Report on vaccination in Madras 1904-1921 - 1904-1921
Year: 1904
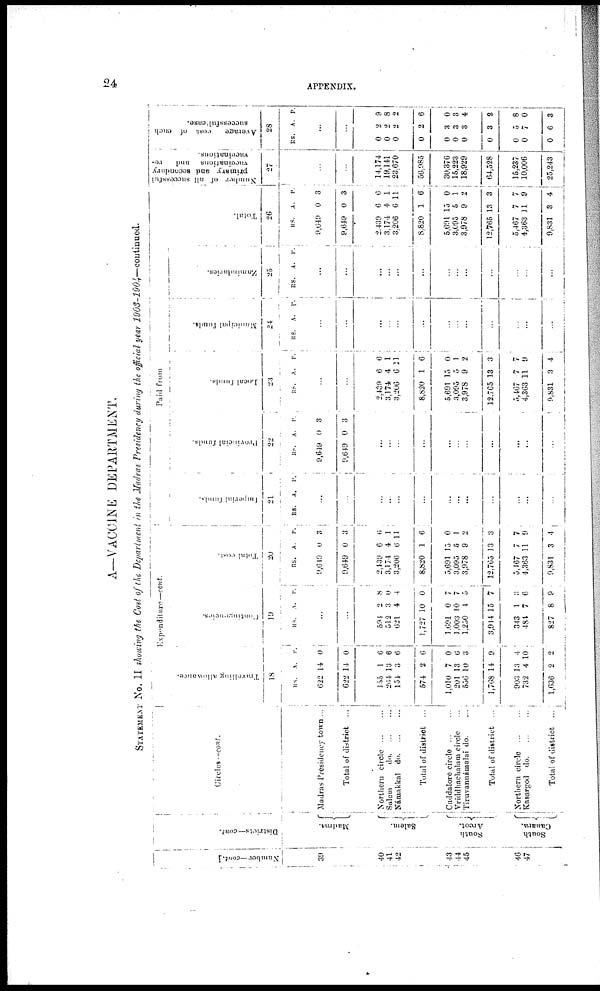
24
APPENDIX.
A—VACCINE DEPARTMENT.
STATEMENT No. II showing the Cost of the Department in the Madras Presidency during the official year 1903-1904—continued.
Number—cont.
39
40
41
42
43
44
45
46
47
Districts—cont.
Madras.
Salem.
South
Arcot.
South
Canara.
Circles —cont.
Madras Presidency town ...
Total of district ...
Northern circle
...
...
Salem
d
o
. ... ...
Námakkal d
o
. ... ...
Total of district ...
Cuddalore circle
...
...
Vriddhachalam circle ...
Tiruvannámalai do. ...
Total of district ...
Northern circle
...
...
Kasargod d
o
. ... ...
Total of district ...
Expenditure—cont.
Travelling allowance.
18
RS.
622
622
155
264
154
574
1,010
201
556
1,768
903
732
1,636
A.
14
14
1
13
3
2
7
13
10
14
13
4
2
P.
0
0
6
6
6
6
0
0
3
9
4
10
2
Contingencies.
19
RS.
A. V.
...
...
594
512
621
1,727
1,691
1,003
1,250
3,944
343
484
827
2
3
4
10
0
10
4
15
1
7
8
8
0
4
0
7
7
5
7
3
6
9
Total cost.
20
RS.
9,649
9,649
2,439
3,174
3,206
8,820
5,691
3,095
3,978
12,765
5,467
4,363
9,831
A.
0
0
6
4
6
1
15
5
9
13
7
11
3
P.
3
3
6
1
11
6
0
1
2
3
7
9
4
Imperial funds.
21
RS. A.
P.
...
...
...
...
...
...
...
...
...
...
...
...
...
Provincial funds.
22
RS.
9,649
9,649
A.
0
0
P.
3
3
...
...
...
...
...
...
...
...
...
...
...
Paid from
Local funds.
23
RS. A. P.
...
...
2,439
3,174
3,206
8,820
5,691
3,095
3,978
12,765
5,467
4,363
9,831
6
4
6
1
15
5
9
13
7
11
3
6
1
21
6
0
1
2
3
7
9
4
Municipal funds.
24
RS. A. P.
...
...
...
...
...
...
...
...
...
...
...
...
...
Zamindaries.
25
RS.
A. P.
...
...
...
...
...
...
...
...
...
...
...
...
Total.
26
RS.
9,049
9,649
2,439
3,174
3,206
8,820
5,691
3,095
3,978
12,765
5,467
4,363
9,831
A.
0
0
6
4
6
1
15
5
9
13
7
11
3
P.
3
3
6
1
11
6
0
1
2
3
7
9
4
Number of all successful
primary and secondary
vaccinations and re¬
vaccinations.
27
...
...
14,174
19,141
23,670
56,985
30,376
15,223
18,929
64,528
15,237
10,006
25,243
Average
cost of each
successful case.
28
RS.
A. P.
...
...
0
0
0
0
0
0
0
0
0
0
0
2
2
2
2
3
3
3
3
5
7
6
9
8
2
6
0
3
4
2
8
0
3